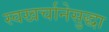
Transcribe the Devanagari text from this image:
स्वखर्चानेसुद्धा